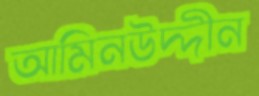
আমিনউদ্দীন